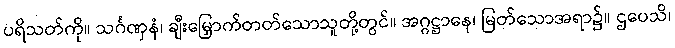
ပရိသတ်ကို။ သင်္ဂဏှနံ၊ ချီးမြှောက်တတ်သောသူတို့တွင်။ အဂ္ဂဋ္ဌာနေ၊ မြတ်သောအရာ၌။ ဌပေသိ၊